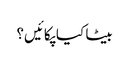
بیٹا کیا پکائیں؟